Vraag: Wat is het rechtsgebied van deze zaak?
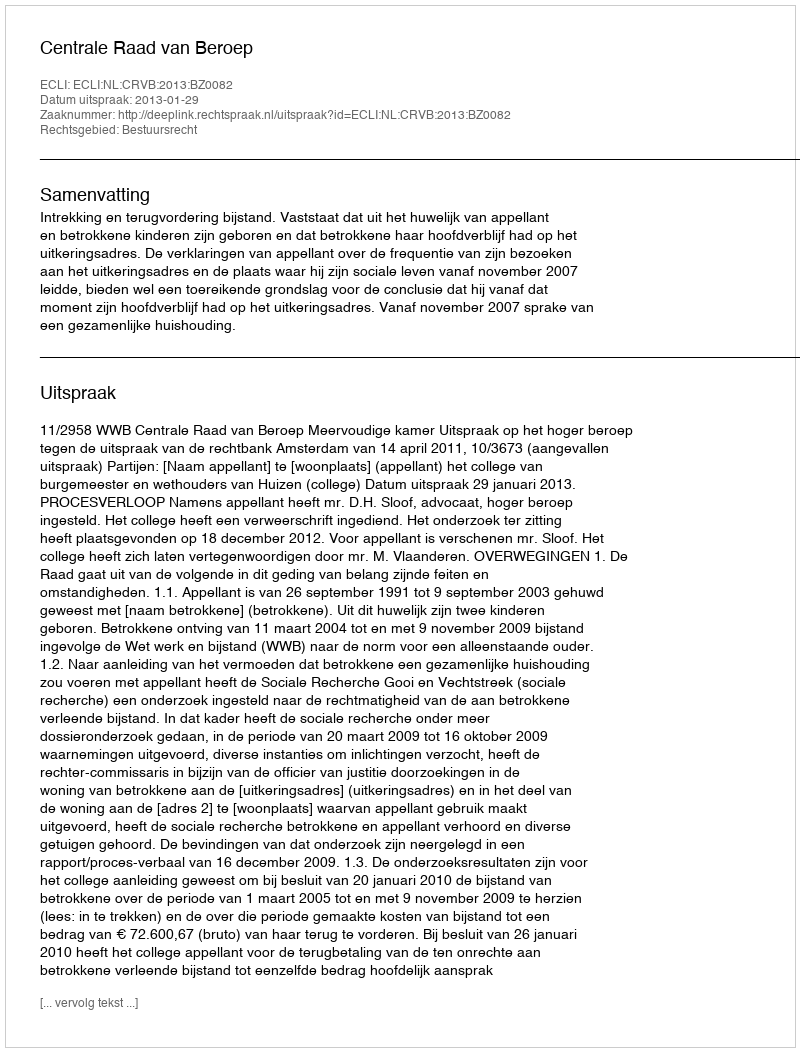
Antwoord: Bestuursrecht